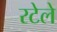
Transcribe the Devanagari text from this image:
रटेले